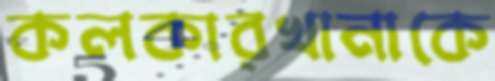
কলকারখানাকে